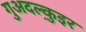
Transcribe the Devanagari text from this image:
गुअदल्क़ुइर